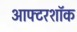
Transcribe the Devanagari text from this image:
आफ्टरशॉक